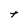
Character: t